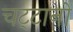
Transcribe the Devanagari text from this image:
चट्‌टानों